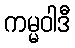
ကမ္မဝါဒီ